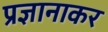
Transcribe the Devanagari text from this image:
प्रज्ञानाकर